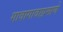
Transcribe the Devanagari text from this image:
गावागावाप्रमाणे